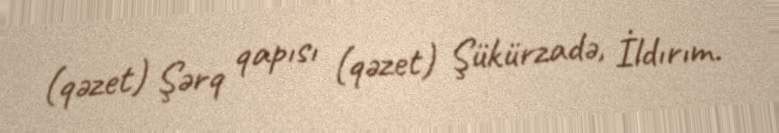
(qəzet) Şərq qapısı (qəzet) Şükürzadə, İldırım.